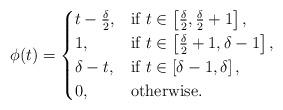
LaTeX: \begin{align*} \phi(t)=\begin{cases} t-\frac{\delta}{2},&\mbox{if } t\in\left[\frac{\delta}{2},\frac{\delta}{2}+1\right],\\ 1,&\mbox{if } t\in\left[\frac{\delta}{2}+1,\delta-1\right],\\ \delta-t,&\mbox{if } t\in\left[\delta-1,\delta\right],\\ 0,& \mbox{otherwise}. \end{cases} \end{align*}